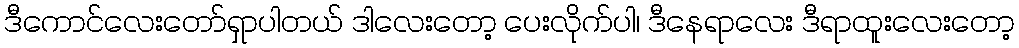
ဒီကောင်လေးတော်ရှာပါတယ် ဒါလေးတော့ ပေးလိုက်ပါ၊ ဒီနေရာလေး ဒီရာထူးလေးတော့